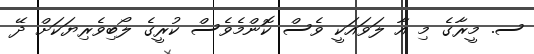
ސ. މީރާގެ މި އާ ލަވައަކީ ވެސް ކޮންމެވެސް ކުރީގެ ލޯބިވެރިޔަކަށް ދޭ